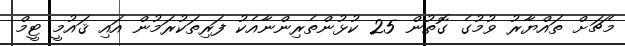
މެޗަށް ތައްޔާރު ވުމުގެ ގޮތުން 25 ކުޅުންތެރިންނާއެކު ފަރިތަކުރަމުން އައި ޤައުމީ ޓީމް